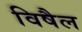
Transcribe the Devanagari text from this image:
विषैल